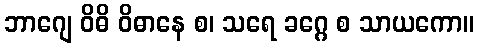
ဘာဂျေ ဝိဓိ ဝိဓာနေ စ၊ သရေ ခဂ္ဂေ စ သာယကော။